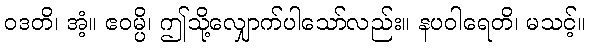
ဝဒတိ၊ အံ့။ ဧဝမ္ပိ၊ ဤသို့လျှောက်ပါသော်လည်း။ နပဝါရေတိ၊ မသင့်။